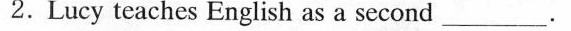
2.Lucy teaches English as a second _